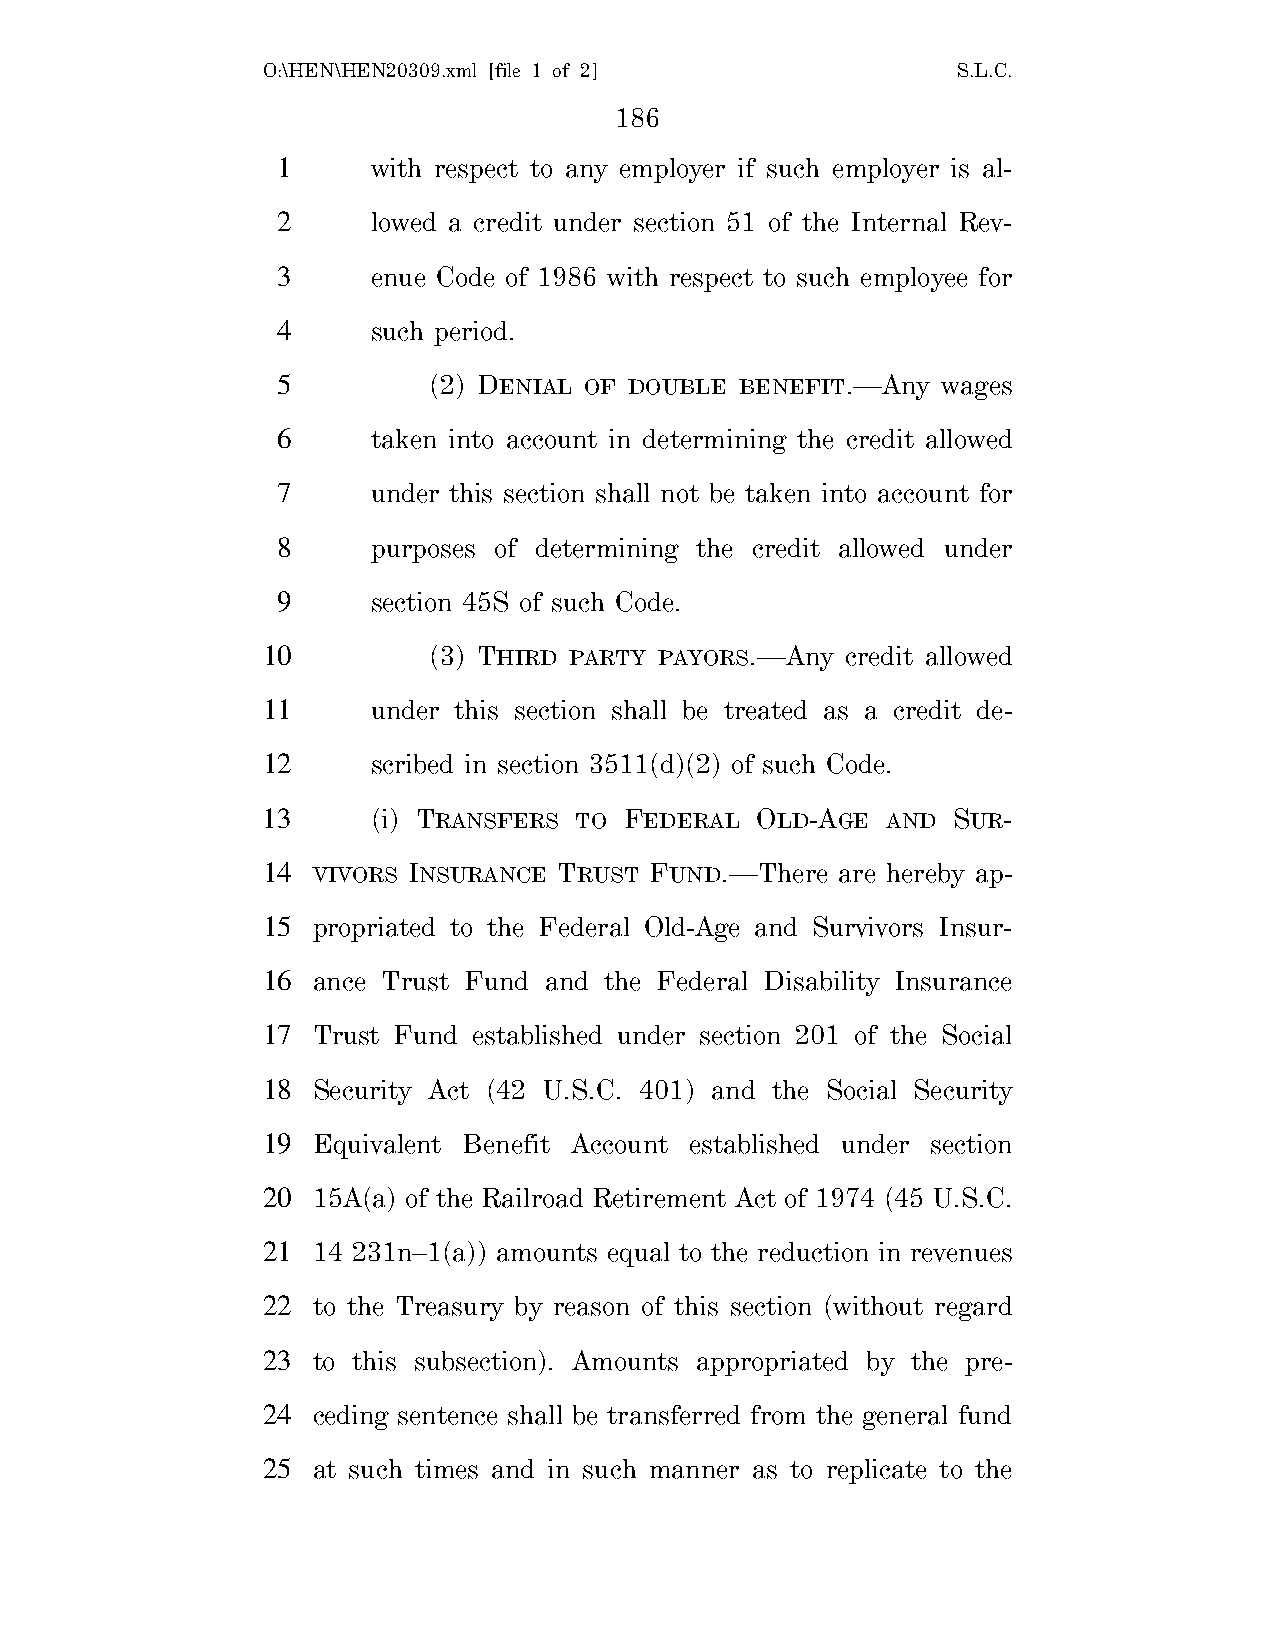
O:\HEN\HEN20309.xml [file 1 of 2]             S.L.C.
 186
 1      with respect to any employer if such employer is al-
 2      lowed a credit under section 51 of the Internal Rev-
 3      enue Code of 1986 with respect to such employee for
 4      such period.
 5         (2) DENIAL OF DOUBLE BENEFIT.—Any wages
 6      taken into account in determining the credit allowed
 7      under this section shall not be taken into account for
 8      purposes of determining the credit allowed under
 9      section 45S of such Code.
 10         (3) THIRD PARTY PAYORS.—Any credit allowed
 11      under this section shall be treated as a credit de-
 12      scribed in section 3511(d)(2) of such Code.
 13      (i) TRANSFERS TO FEDERAL OLD-AGE  AND SUR-
 14  VIVORS INSURANCE TRUST FUND.—There are hereby ap-
 15  propriated to the Federal Old-Age and Survivors Insur-
 16  ance Trust Fund and the Federal Disability Insurance
 17  Trust Fund established under section 201 of the Social
 18  Security Act (42 U.S.C. 401) and the Social Security
 19  Equivalent Benefit Account established under section
 20  15A(a) of the Railroad Retirement Act of 1974 (45 U.S.C.
 21  14 231n–1(a)) amounts equal to the reduction in revenues
 22  to the Treasury by reason of this section (without regard
 23  to this subsection). Amounts appropriated by the pre-
 24  ceding sentence shall be transferred from the general fund
 25  at such times and in such manner as to replicate to the